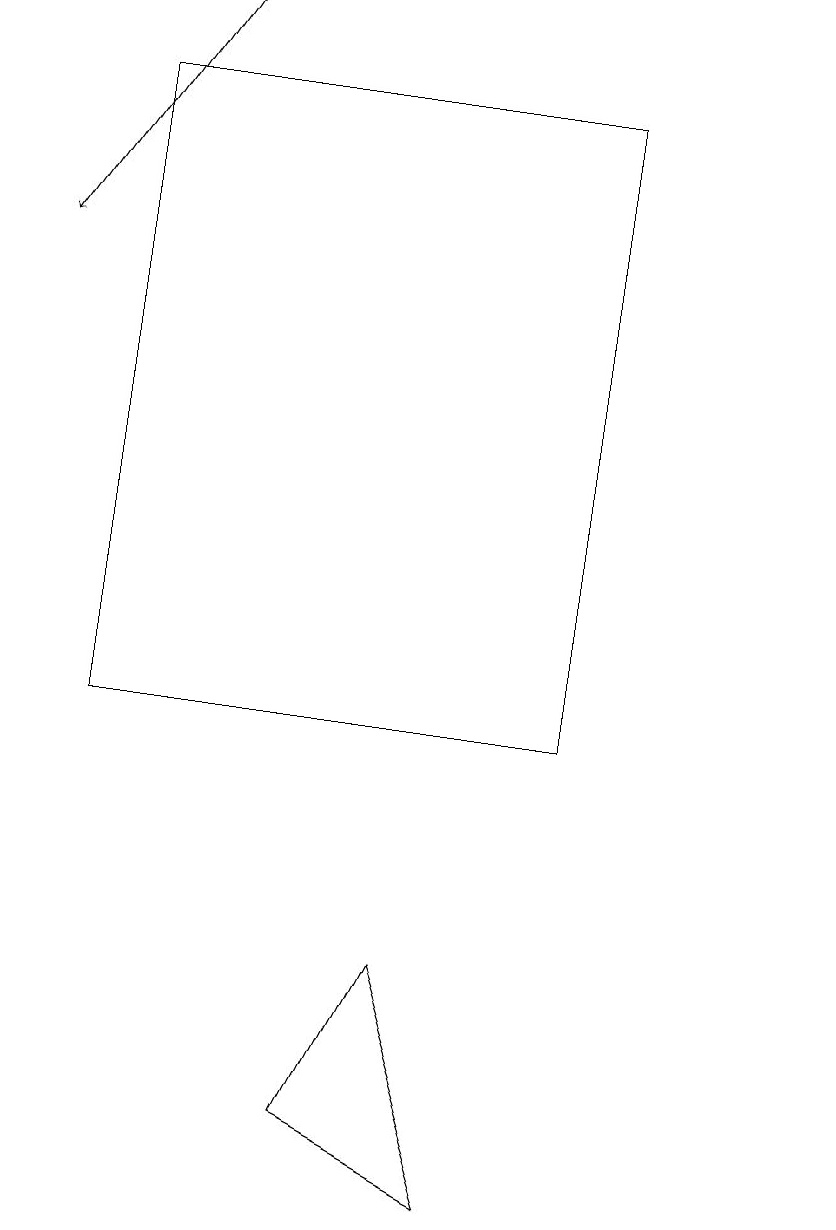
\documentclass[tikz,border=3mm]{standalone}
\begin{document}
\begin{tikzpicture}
\draw (7,10) rectangle (1,18);
\draw (10,10) circle (0);
\draw[->] (2,19) -- (0,16);
\draw (4,5) -- (5,7) -- (6,4) -- cycle;
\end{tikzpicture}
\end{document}